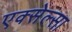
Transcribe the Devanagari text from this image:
एक्सेल्सा